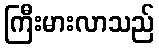
ကြီးမားလာသည်